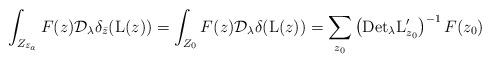
LaTeX: \begin{align*}\int_{Z_{\bar{z}_a}}F(z)\mathcal{D}_\lambda\delta_{\bar{z}}(\mathrm{L}(z))=\int_{Z_{0}}F(z)\mathcal{D}_\lambda\delta(\mathrm{L}(z))=\sum_{z_0}\left(\mathrm{Det}_\lambda \mathrm{L}'_{z_0}\right)^{-1}F(z_0)\end{align*}